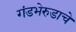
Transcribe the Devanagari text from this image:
गंडभेरुडाचे